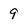
Character: 9